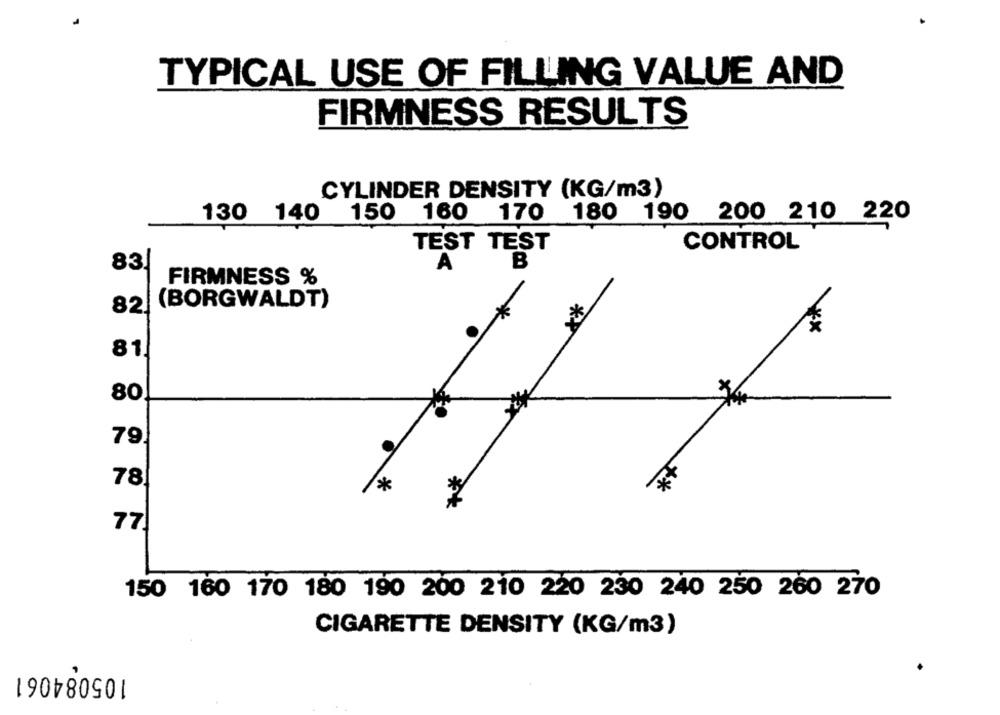
TYPICAL USE OF FILLING VALUE AND
FIRMNESS RESULTS
CYLINDER DENSITY (KG/m3)
130 140
150
160
190 200 210 220
170 180
TEST TEST
CONTROL
B
83!
A
FIRMNESS %
(BORGWALDT)
82|
81
80
79
78
**
77
150 160 170 180 190 200 210 220 230 240 250 260 270
CIGARETTE DENSITY (KG/m3)
105084061